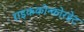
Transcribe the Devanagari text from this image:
राइककोन्कोरडेट